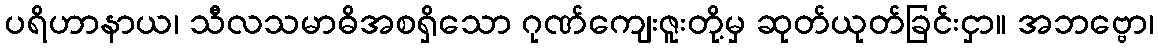
ပရိဟာနာယ၊ သီလသမာဓိအစရှိသော ဂုဏ်ကျေးဇူးတို့မှ ဆုတ်ယုတ်ခြင်းငှာ။ အဘဗ္ဗော၊